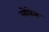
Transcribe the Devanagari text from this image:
लोवेस